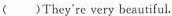
( )They're very beautiful.